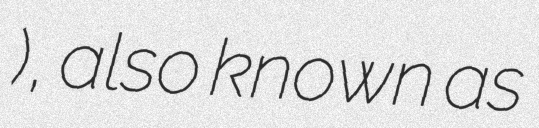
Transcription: البحرین), also known as